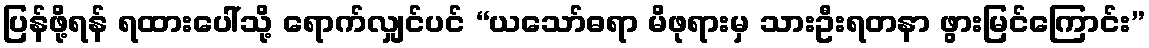
ပြန်ဖို့ရန် ရထားပေါ်သို့ ရောက်လျှင်ပင် “ယသော်ဓရာ မိဖုရားမှ သားဦးရတနာ ဖွားမြင်ကြောင်း”